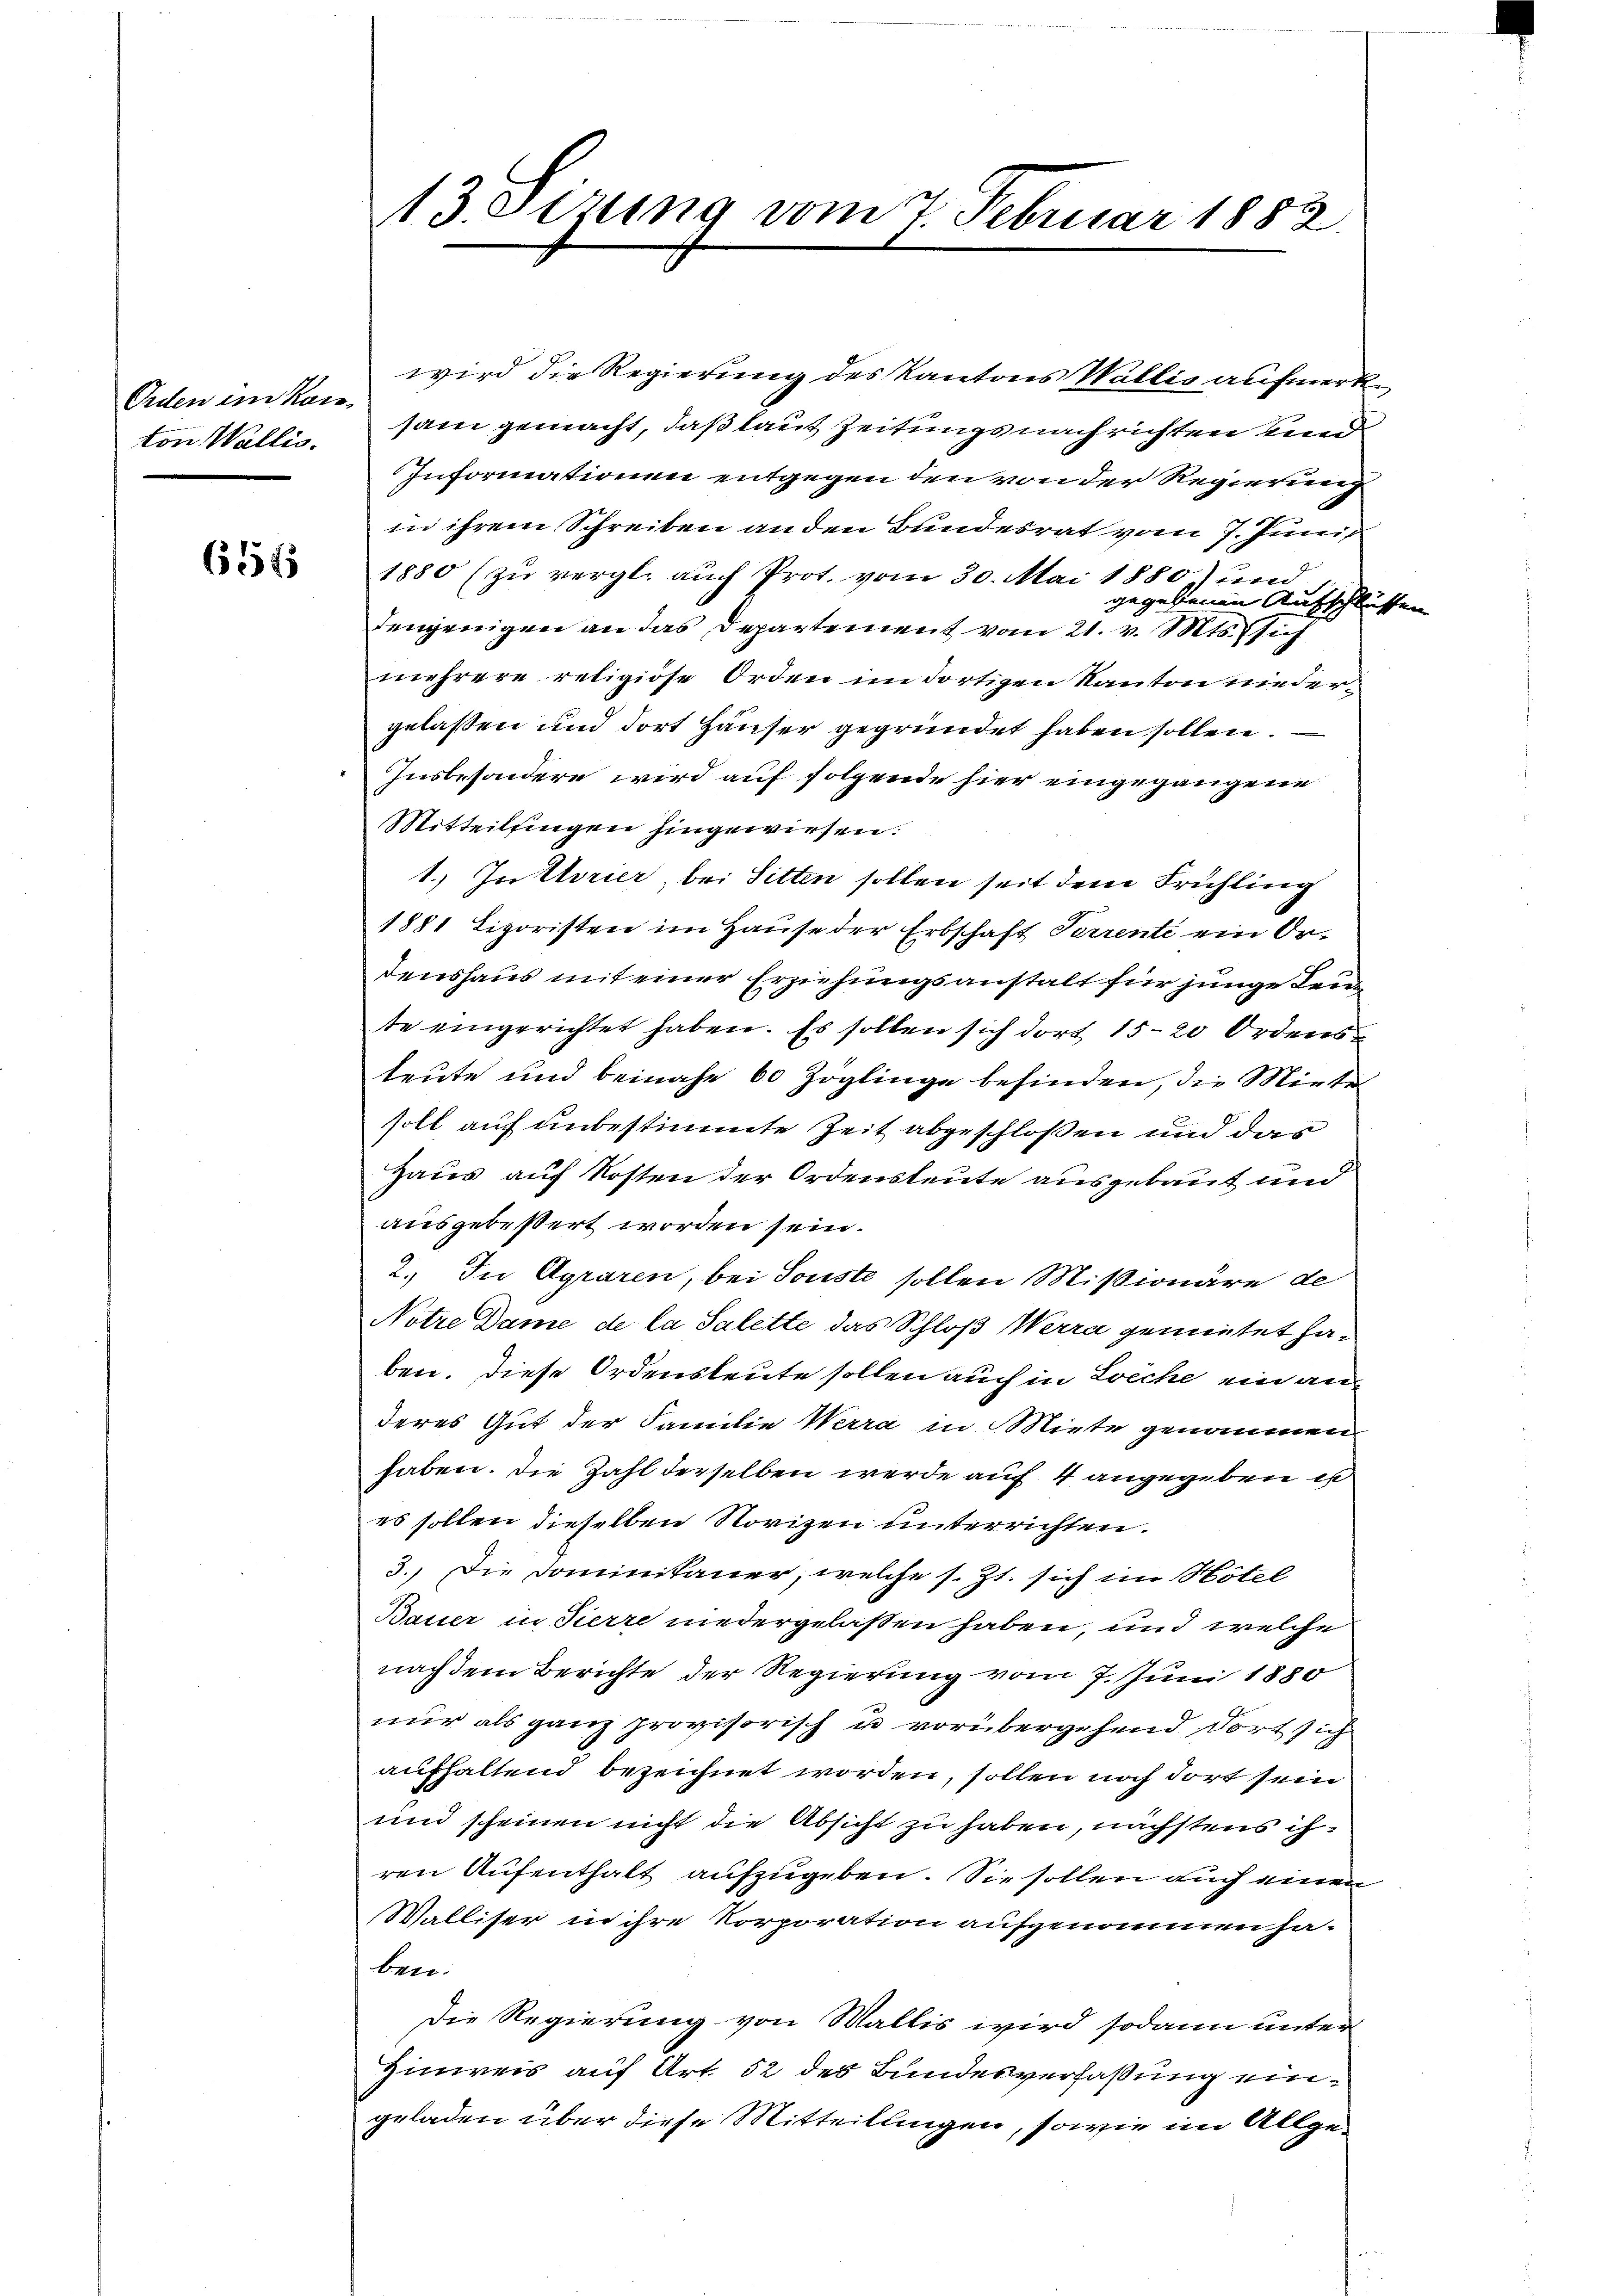
Orden ein Kais
ton Wallis.

654

3. etzung vom 7. Februar 1882.

wird die Regierung des Kantons Wallis aufmerke
sam gemacht, daß laut Zeitungs nach richten und
Informationen entgegen den von der Regierung
in ihrem Schreiben an den Bundesrat vom 7. Juni
1880 (zu vergl. auch Prot. vom 30. Mai 1880 und
gegebenen Aufschlüssen
denjenigen an das Departement vom 21. v. Mts. sich
mehrere religiöse Orden im dortigen Kanton niedergelassen und dort Häuser gegründet haben sollen.
Insbesondere wird auf folgende hier eingegangene
Mitteilsingen hingewiesen.
1.) In Trier, bei Sitten sollen seit dem Frühling
1881 Ligoristen im Hause der Erbschaft Perrente ein Or-
denshaus mit einer Erziehungsanstalt für junge Leute eingerichtet haben. Es sollen sich dort 15-20 Ordensleute und beinahe 60 Zöglinge befinden, die Miete
soll auf unbestimmte Zeit abgeschloßen und das
Haus auf Kosten der Ordensleute ausgebaut und
ausgebeßert worden sein.
2.) In Agraren, bei Sonste sollen Mißionäre de
Notre Dame de la Salette das Schloß Werra gemietet haben. Diese Ordensleute sollen auch in Zeche ein anderes Gut der Familie Werra in Miete genommen.
haben. Die Zahl derselben werde auf 4 angegeben is
es sollen dieselben Novizen unterrichten.
3.) Die Dominikaner, welche s. Zt. sich im Hotel
Bauer in Tierre niedergelassen haben, und welche
nach dem Berichte der Regierung vom 7. Juni 1850
nur als ganz provisorisch u vorübergehend dort sich
aufhaltend bezeichnet worden, sollen noch dort sein
und scheinen nicht die Absicht zu haben, nächstens ihren Aufenthalt aufzugeben. Sie sollen auch einen
Walliser in ihre Korporation aufgenommen ha-
ben.
Die Regierung von Wallis wird sodann unter
Hinweis auf Art. 52 des Bundesverfaßung eingeladen über diese Mitteilungen, sowie im Allge¬